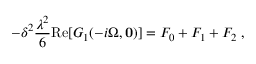
- \delta ^ { 2 } \frac { \lambda ^ { 2 } } { 6 } \mathrm { R e } [ G _ { 1 } ( - i \Omega , { \bf 0 } ) ] = { } F _ { 0 } + { } F _ { 1 } + { } F _ { 2 } \; ,